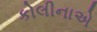
કોલીનાએ